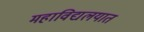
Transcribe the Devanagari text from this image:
महाविद्यलयात